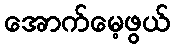
အောက်မေ့ဖွယ်